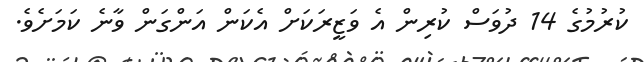
ކުރުމުގެ 14 ދުވަސް ކުރިން އެ ވަޒީރަކަށް އެކަން އަންގަން ވާނެ ކަމަށެވެ.